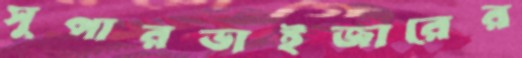
সুপারভাইজারের